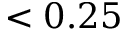
< 0 . 2 5